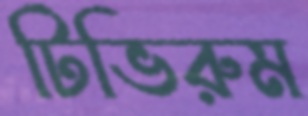
টিভিরুম